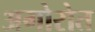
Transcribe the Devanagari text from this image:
अगोरोत